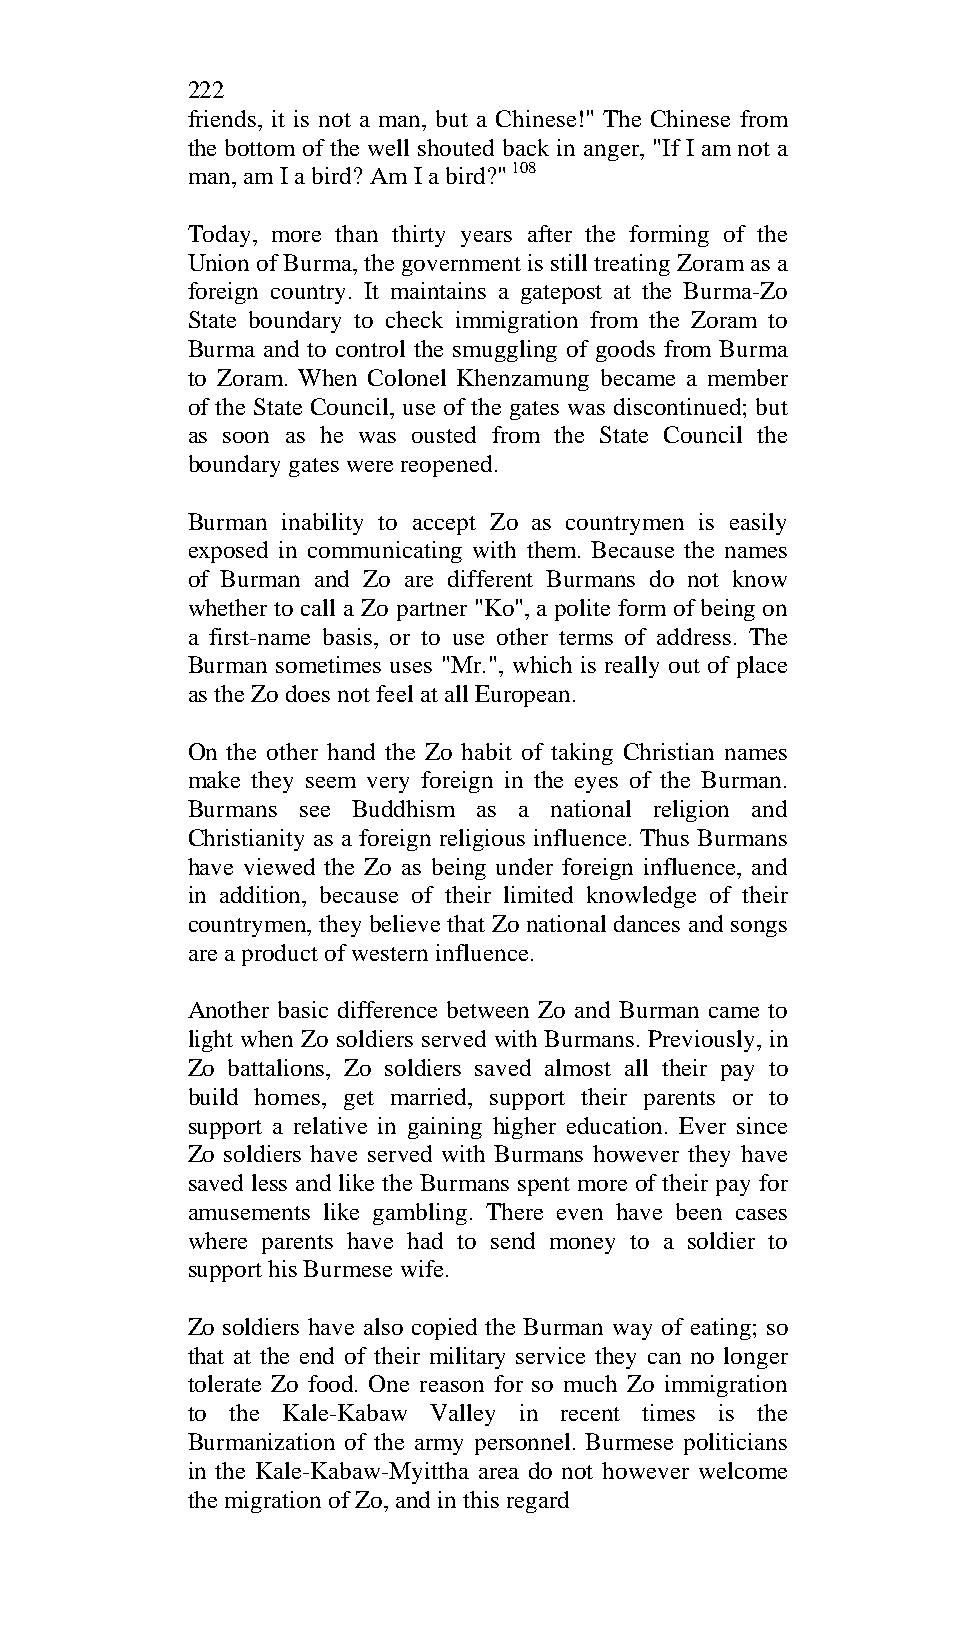
222
 friends, it is not a man, but a Chinese!" The Chinese from
 the bottom of the well shouted back in anger, "If I am not a
 man, am I a bird? Am I a bird?" 108
 Today, more than thirty years after the forming of the
 Union of Burma, the government is still treating Zoram as a
 foreign country. It maintains a gatepost at the Burma-Zo
 State boundary to check immigration from the Zoram to
 Burma and to control the smuggling of goods from Burma
 to Zoram. When Colonel Khenzamung became a member
 of the State Council, use of the gates was discontinued; but
 as soon as he was ousted from the State Council the
 boundary gates were reopened.
 Burman inability to accept Zo as countrymen is easily
 exposed in communicating with them. Because the names
 of Burman and Zo are different Burmans do not know
 whether to call a Zo partner "Ko", a polite form of being on
 a first-name basis, or to use other terms of address. The
 Burman sometimes uses "Mr.", which is really out of place
 as the Zo does not feel at all European.
 On the other hand the Zo habit of taking Christian names
 make they seem very foreign in the eyes of the Burman.
 Burmans see Buddhism as a national religion and
 Christianity as a foreign religious influence. Thus Burmans
 have viewed the Zo as being under foreign influence, and
 in addition, because of their limited knowledge of their
 countrymen, they believe that Zo national dances and songs
 are a product of western influence.
 Another basic difference between Zo and Burman came to
 light when Zo soldiers served with Burmans. Previously, in
 Zo battalions, Zo soldiers saved almost all their pay to
 build homes, get married, support their parents or to
 support a relative in gaining higher education. Ever since
 Zo soldiers have served with Burmans however they have
 saved less and like the Burmans spent more of their pay for
 amusements like gambling. There even have been cases
 where parents have had to send money to a soldier to
 support his Burmese wife.
 Zo soldiers have also copied the Burman way of eating; so
 that at the end of their military service they can no longer
 tolerate Zo food. One reason for so much Zo immigration
 to the Kale-Kabaw Valley in recent times is the
 Burmanization of the army personnel. Burmese politicians
 in the Kale-Kabaw-Myittha area do not however welcome
 the migration of Zo, and in this regard